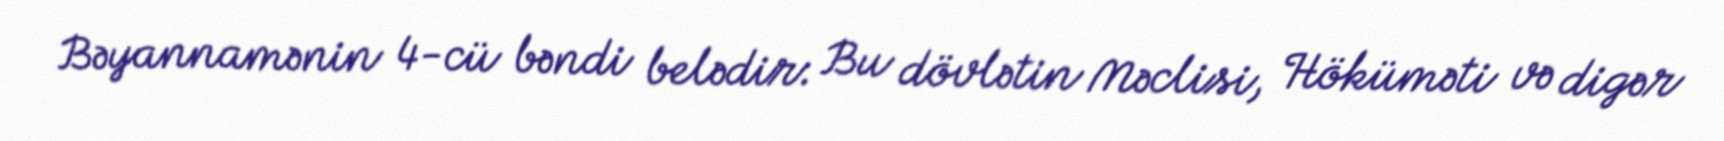
Bəyannamənin 4-cü bəndi belədir: Bu dövlətin Məclisi, Höküməti və digər